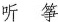
听 筝